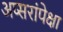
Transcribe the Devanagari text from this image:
अप्सरांपेक्षा